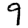
Digit: 9